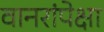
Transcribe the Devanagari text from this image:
वानरांपेक्षा